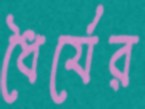
ধৈর্যের